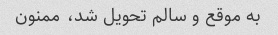
به موقع و سالم تحویل شد، ممنون